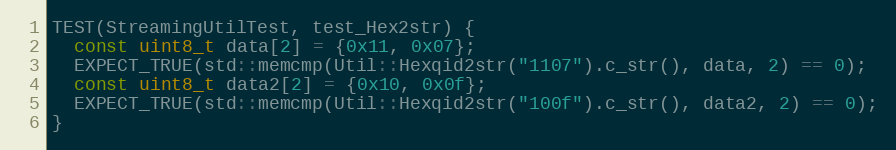
Language: C++
TEST(StreamingUtilTest, test_Hex2str) {
  const uint8_t data[2] = {0x11, 0x07};
  EXPECT_TRUE(std::memcmp(Util::Hexqid2str("1107").c_str(), data, 2) == 0);
  const uint8_t data2[2] = {0x10, 0x0f};
  EXPECT_TRUE(std::memcmp(Util::Hexqid2str("100f").c_str(), data2, 2) == 0);
}